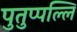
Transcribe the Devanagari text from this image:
पुतुप्पल्लि